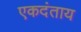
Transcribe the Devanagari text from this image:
एकदंताय